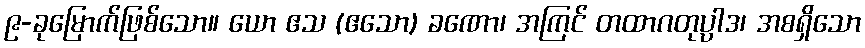
၉-ခုမြောက်ဖြစ်သော။ ယော ဧသ (ဧသော) ခဏော၊ အကြင် တထာဂတုပ္ပါဒ၊ အစရှိသော